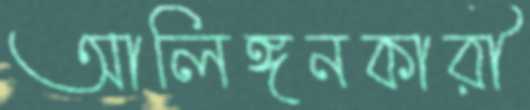
আলিঙ্গনকারী